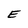
Character: E